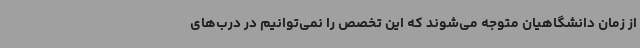
از زمان دانشگاهیان متوجه می‌شوند که این تخصص را نمی‌توانیم در درب‌های